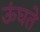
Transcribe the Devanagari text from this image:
ऊंघते